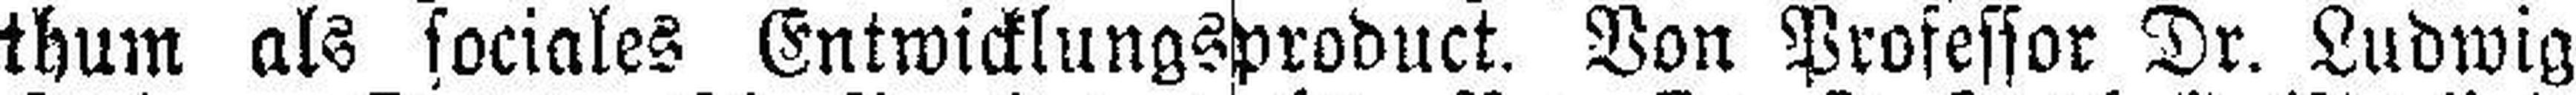
thum als sociales Entwicklungsproduct. Von Professor Dr. Ludwig